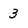
Character: 3